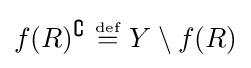
f(R)^{\complement }~{\stackrel {\scriptscriptstyle {\text{def}}}{=}}~Y\setminus f(R)